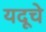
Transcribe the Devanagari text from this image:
यदूचे